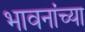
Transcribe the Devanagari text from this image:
भावनांच्या